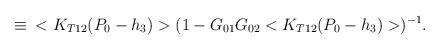
LaTeX: \begin{align*}\,\,\equiv\,\,\,<K_{T12}(P_0-h_3)>(1-G_{01}G_{02}<K_{T12}(P_0-h_3)>)^{-1}.\end{align*}